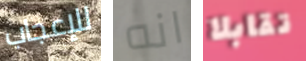
للإعجاب انه تقابلا